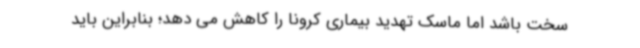
سخت باشد اما ماسک تهدید بیماری کرونا را کاهش می دهد؛ بنابراین باید